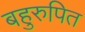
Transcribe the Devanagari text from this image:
बहुरुपित